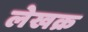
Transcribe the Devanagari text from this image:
लेखक्र